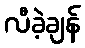
လီခဲ့ချန်